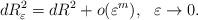
LaTeX: \begin{align*} d R_{\varepsilon}^{2} = dR^{2} + o(\varepsilon^m), \ \ \varepsilon \to 0.\end{align*}